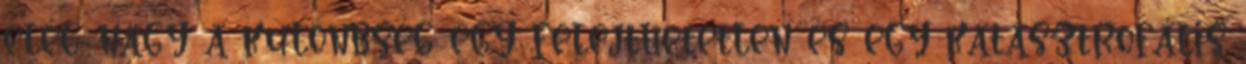
elég nagy a különbség egy felejthetetlen és egy katasztrofális